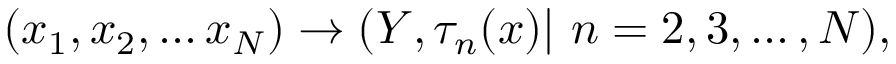
( x _ { 1 } , x _ { 2 } , \ldots x _ { N } ) \rightarrow ( Y , \tau _ { n } ( x ) | \ n = 2 , 3 , \ldots , N ) ,